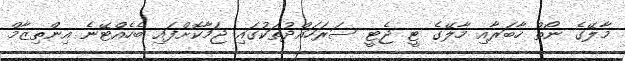
މާލޭގެ ނޯތް ހާބަރާއި މާލޭގެ ޓީ ޖެޓީ ސަރަހައްދުތަކުގައި ޖަމާކޮށްފައި ބެހެއްޓޭނެ އިންތިޒާމް